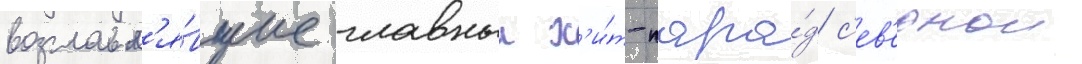
возглавл'я́вшие главныи х'и́т-пара́д с'ев'ернои